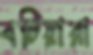
বটিয়ারা